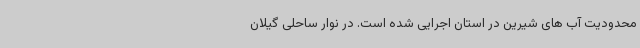
محدودیت آب های شیرین در استان اجرایی شده است. در نوار ساحلی گیلان